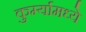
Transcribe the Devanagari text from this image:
कुर्म्यामध्ये